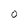
Character: 0